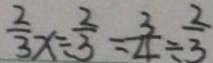
\frac { 2 } { 3 } x \div \frac { 2 } { 3 } = \frac { 3 } { 4 } \div \frac { 2 } { 3 }